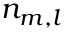
n _ { m , l }